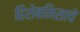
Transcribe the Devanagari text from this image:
हिशेबनिसाचे